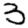
Digit: 3